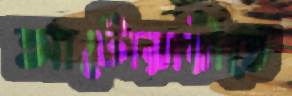
আটোয়ারীতে